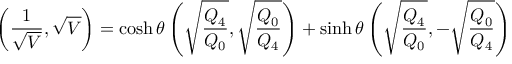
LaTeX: \left( { \frac { 1 } { \sqrt { V } } } , \sqrt { V } \right) = \cosh \theta \left( \sqrt { \frac { Q _ { 4 } } { Q _ { 0 } } } , \sqrt { \frac { Q _ { 0 } } { Q _ { 4 } } } \right) + \sinh \theta \left( \sqrt { \frac { Q _ { 4 } } { Q _ { 0 } } } , - \sqrt { \frac { Q _ { 0 } } { Q _ { 4 } } } \right)